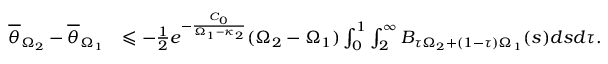
\begin{array} { r l } { \overline { \theta } _ { \Omega _ { 2 } } - \overline { \theta } _ { \Omega _ { 1 } } } & { \leqslant - \frac { 1 } { 2 } e ^ { - \frac { C _ { 0 } } { \Omega _ { 1 } - \kappa _ { 2 } } } ( \Omega _ { 2 } - \Omega _ { 1 } ) \int _ { 0 } ^ { 1 } \int _ { 2 } ^ { \infty } B _ { \tau \Omega _ { 2 } + ( 1 - \tau ) \Omega _ { 1 } } ( s ) d s d \tau . } \end{array}